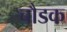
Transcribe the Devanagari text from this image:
चौडक